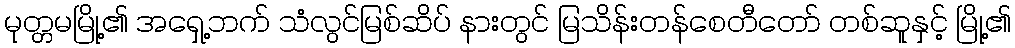
မုတ္တမမြို့၏ အရှေ့ဘက် သံလွင်မြစ်ဆိပ် နားတွင် မြသိန်းတန်စေတီတော် တစ်ဆူနှင့် မြို့၏